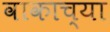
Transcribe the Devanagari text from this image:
वाकाच्या